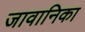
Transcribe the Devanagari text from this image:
जावानिका